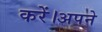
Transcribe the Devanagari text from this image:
करें।अपने